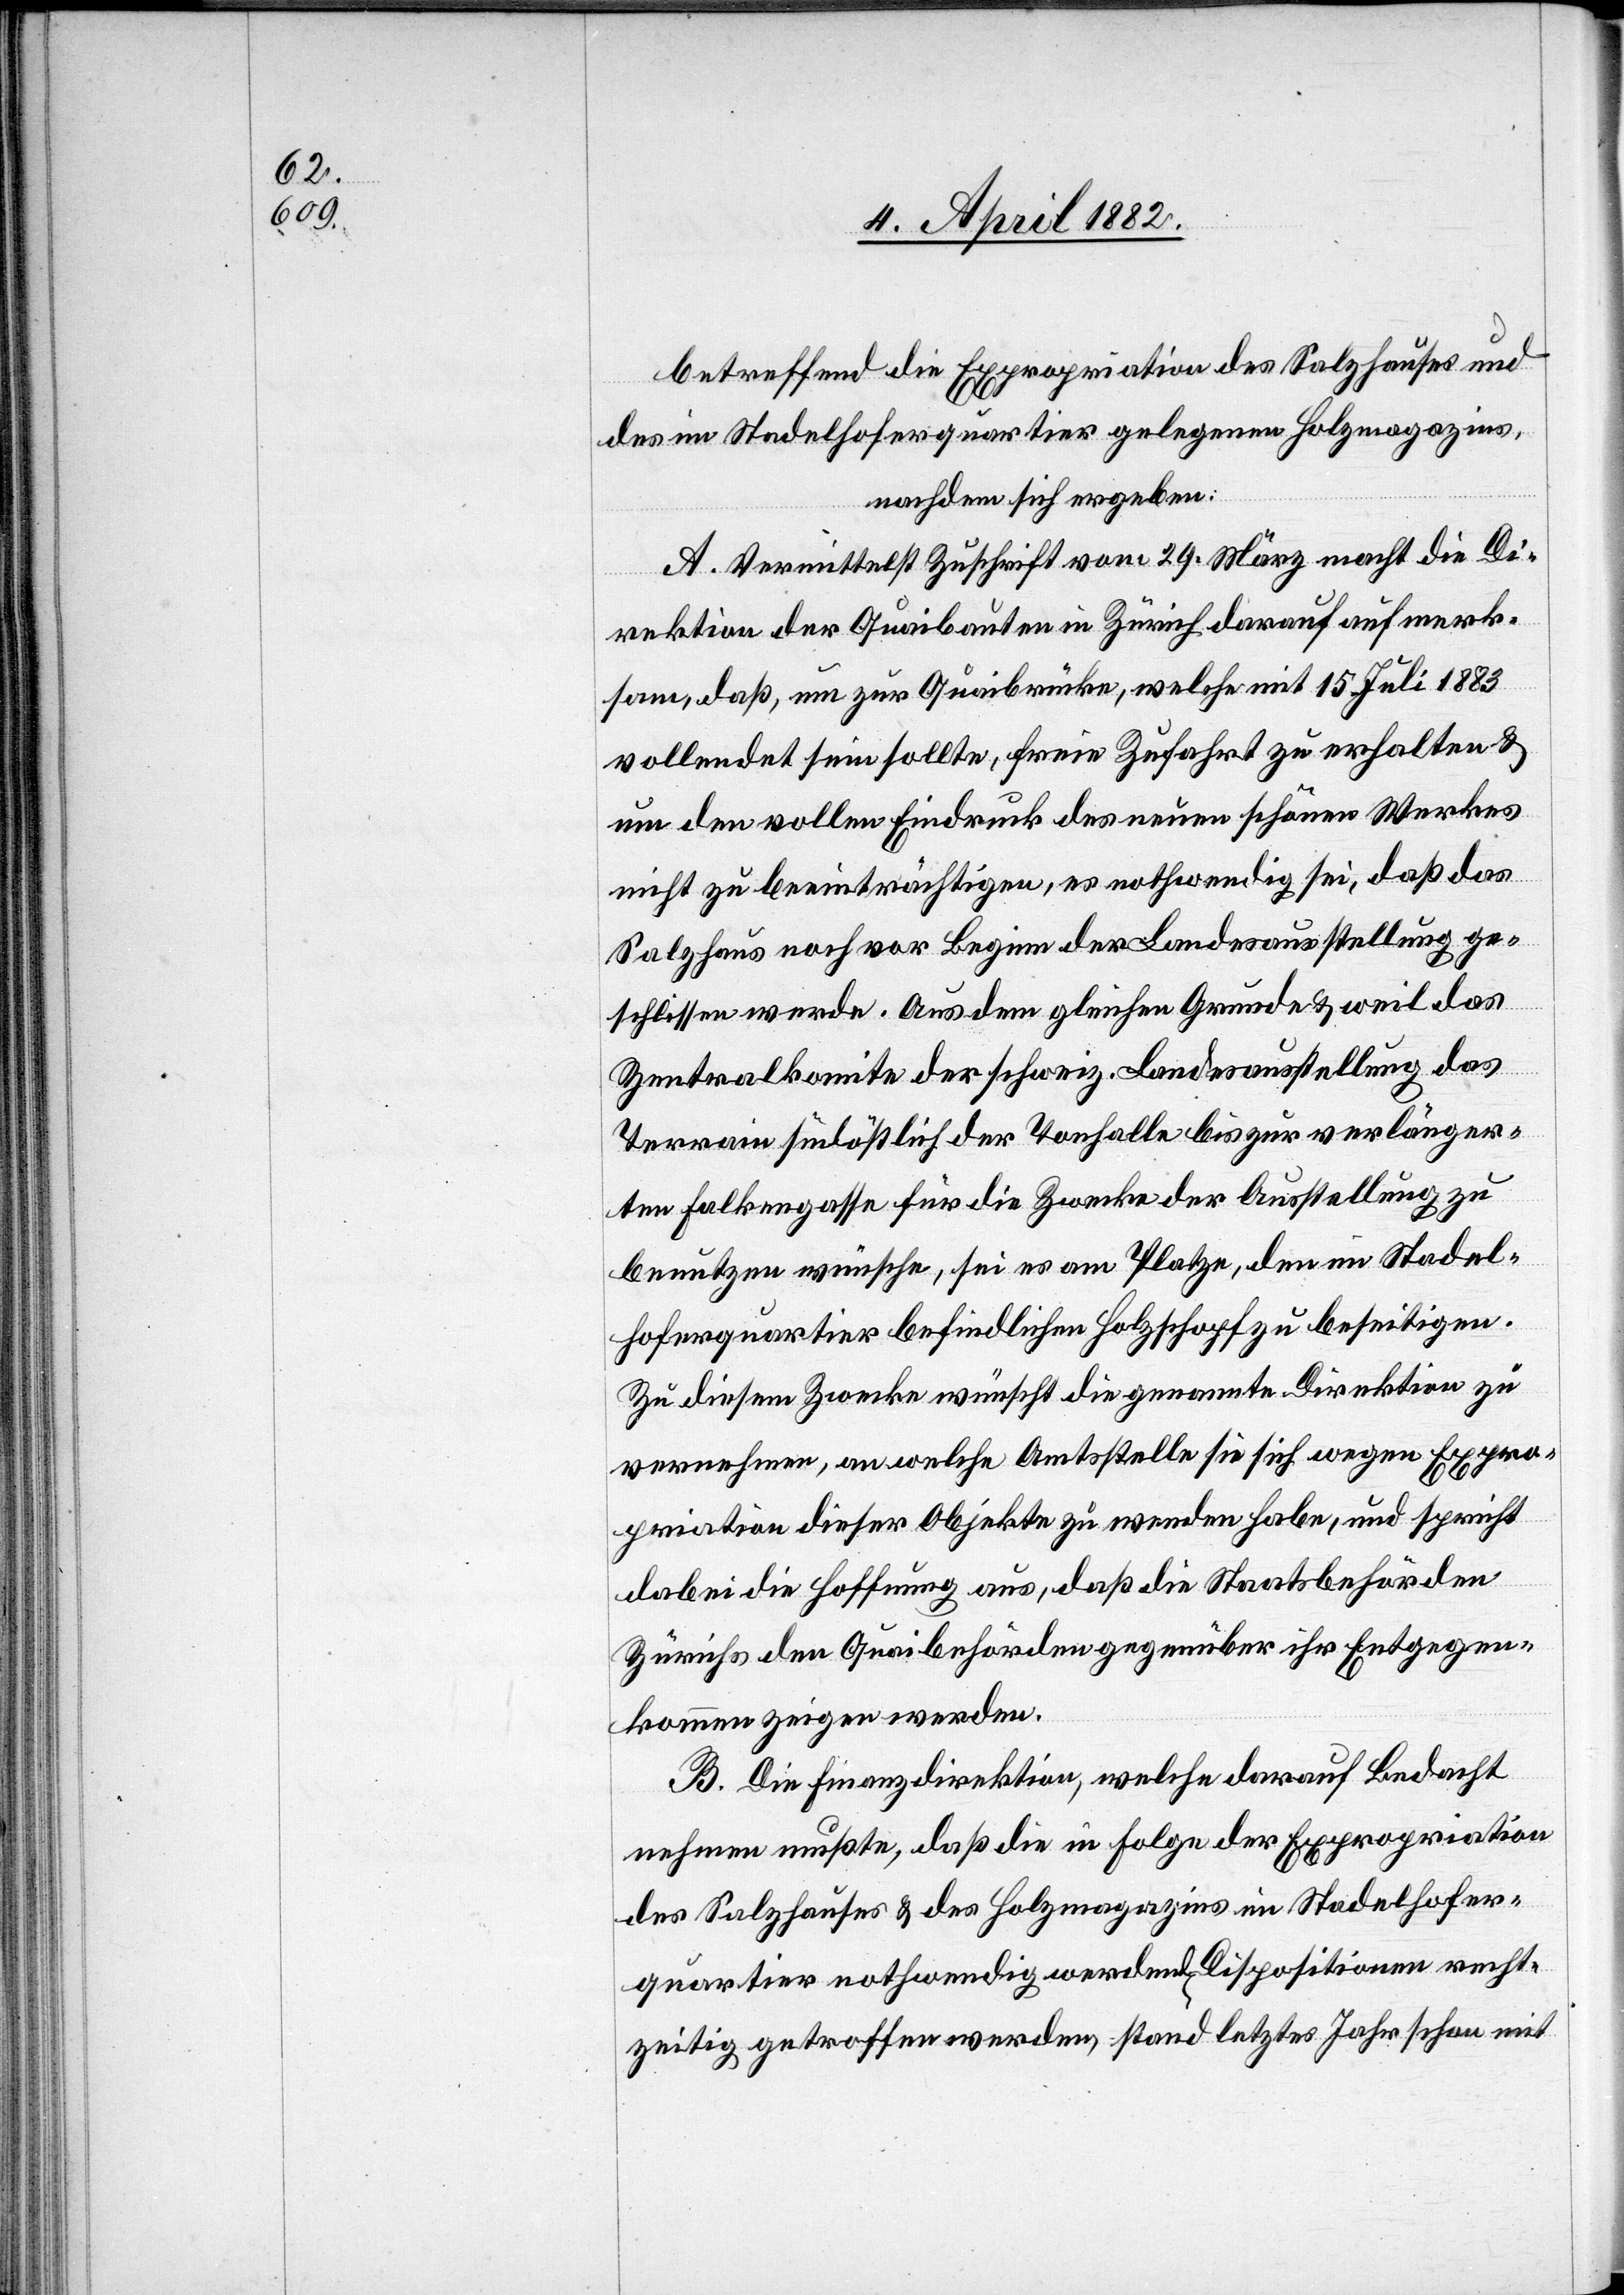
betreffend die Expropriation des Salzhauses und
des im Stadelhoferquartier gelegenen Holzmagazins,
nachdem sich ergeben:
A. Vermittelst Zuschrift vom 29. März macht die Di¬
rektion der Quaibauten in Zürich darauf aufmerk¬
sam, daß, um zur Quaibrücke, welche mit 15. Juli 1883
vollendet sein sollte, freie Zufahrt zu erhalten &
um den vollen Eindruck des neuen schönen Werkes
nicht zu beeinträchtigen, es nothwendig sei, daß das
Salzhaus noch vor Beginn der Landesausstellung ge¬
schlissen werde. Aus dem gleichen Grunde & weil das
Zentralkomite der schweiz. Landesausstellung das
Terrain südöstlich der Tonhalle bis zur verlänger¬
ten Falkengasse für die Zwecke der Ausstellung zu
benutzen wünsche, sei es am Platze, den im Stadel¬
hoferquartier befindlichen Holzschopf zu beseitigen.
Zu diesem Zwecke wünscht die genannte Direktion zu
vernehmen, an welche Amtsstelle sie sich wegen Expro¬
priation dieser Objekte zu wenden habe, und spricht
dabei die Hoffnung aus, daß die Staatsbehörden
Zürichs den Quaibehörden gegenüber ihr Entgegen¬
kommen zeigen werden.
B. Die Finanzdirektion, welche darauf Bedacht
nehmen mußte, daß die in Folge der Expropriation
des Salzhauses & des Holzmagazins im Stadelhofer¬
quartier nothwendig werdend[en] Dispositionen recht¬
zeitig getroffen werden, stand letztes Jahr schon mit